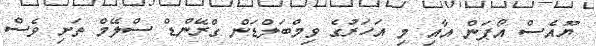
ޔޫއެސް އޯޕަން އާއި މި އަހަރުގެ ވިމްބަލްޑަން ގްރޭންޑް ސްލޭމް ތަށި ވެސް